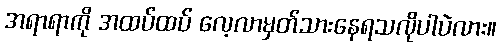
အရာရာကို အထပ်ထပ် လေ့လာမှတ်သားနေရသလိုပါပဲလား။